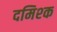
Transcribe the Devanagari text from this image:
दमिश्‍क